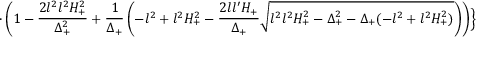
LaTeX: \cdot \left( 1 - \frac { 2 l ^ { 2 } l ^ { 2 } H _ { + } ^ { 2 } } { \Delta _ { + } ^ { 2 } } + \frac { 1 } { \Delta _ { + } } \left( - l ^ { 2 } + l ^ { 2 } H _ { + } ^ { 2 } - \frac { 2 l l ^ { \prime } H _ { + } } { \Delta _ { + } } \sqrt { l ^ { 2 } l ^ { 2 } H _ { + } ^ { 2 } - \Delta _ { + } ^ { 2 } - \Delta _ { + } ( - l ^ { 2 } + l ^ { 2 } H _ { + } ^ { 2 } ) } \right) \right) \Bigr \}